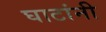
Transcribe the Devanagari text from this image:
घाटांनी